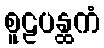
စူဠပန္ထကံ